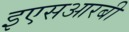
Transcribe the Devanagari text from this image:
इएसआरबी